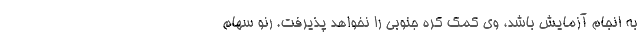
به انجام آزمایش باشد، وی کمک کره جنوبی را نخواهد پذیرفت. رنو سهام